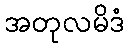
အတုလမိဒံ